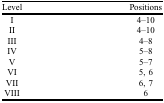
| Level | Positions |
 | --- | --- |
 | I | 4–10 |
 | II | 4–10 |
 | III | 4–8 |
 | IV | 5–8 |
 | V | 5–7 |
 | VI | 5, 6 |
 | VII | 6, 7 |
 | VIII | 6 |